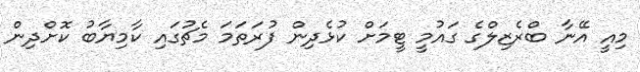
މިއީ އޭނާ ބްރެޒިލްގެ ގައުމީ ޓީމަށް ކުޅެދިން ފުރަތަމަ މެޗުގައި ކާމިޔާބު ކޮށްދިން